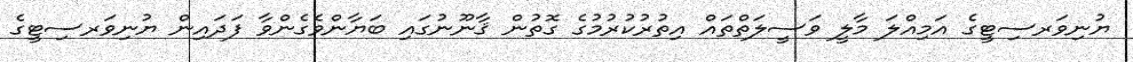
ޔުނިވަރސިޓީގެ އަމިއްލަ މާލީ ވަސީލަތްތައް އިތުރުކުރުމުގެ ގޮތުން ޤާނޫނުގައި ބަޔާންވެގެންވާ ފަދައިން ޔުނިވަރސިޓީގެ